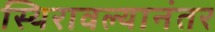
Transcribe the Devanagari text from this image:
स्थिरावल्यानंतर